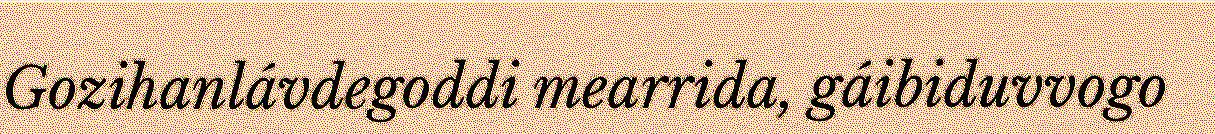
Gozihanlávdegoddi mearrida, gáibiduvvogo